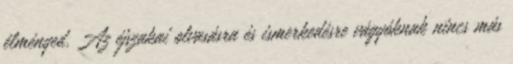
élményed. Az éjszakai olvasásra és ismerkedésre vágyóknak nincs más